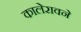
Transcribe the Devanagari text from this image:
कालेरावने